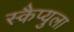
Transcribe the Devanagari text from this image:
स्कैप्युला